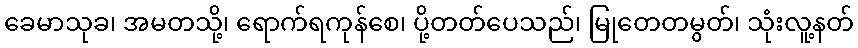
ခေမာသုခ၊ အမတသို့၊ ရောက်ရကုန်စေ၊ ပို့တတ်ပေသည်၊ မြုတေတမွတ်၊ သုံးလူ့နတ်